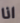
انا